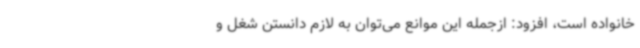
خانواده است، افزود: ازجمله این موانع می‌توان به لازم دانستن شغل و